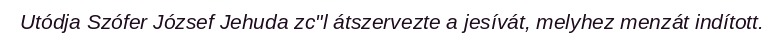
Utódja Szófer József Jehuda zc"l átszervezte a jesívát, melyhez menzát indított.